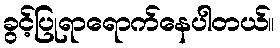
ခွင့်ပြုရာရောက်နေပါတယ်။